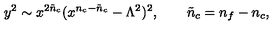
y ^ { 2 } \sim x ^ { 2 { \tilde { n } } _ { c } } ( x ^ { n _ { c } - { \tilde { n } } _ { c } } - \Lambda ^ { 2 } ) ^ { 2 } , \qquad { \tilde { n } } _ { c } = n _ { f } - n _ { c } ,